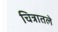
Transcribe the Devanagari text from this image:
चित्रातले